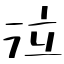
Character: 泣